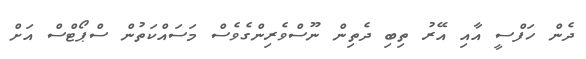
ދެން ހަފްސީ އާއި އޭރު ތިބި ދެތިން ނޫސްވެރިންގެވެސް މަސައްކަތުން ސްޕޯޓްސް އަށް